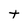
Character: t